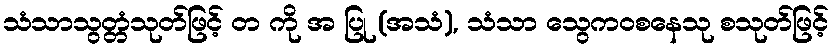
သံသာသွတ္တံသုတ်ဖြင့် တ ကို အ ပြု (အသံ), သံသာ သွေကဝစနေသု စသုတ်ဖြင့်